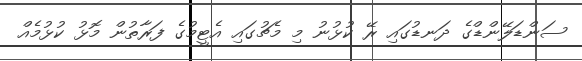
ސަންޑަލޭންޑްގެ ދަނޑުގައި ރޭ ކުޅުނު މި މެޗުގައި އެޓީމުގެ ފަރާތުން މޮޅު ކުޅުމެއް